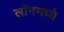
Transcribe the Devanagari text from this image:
लॉनमध्ये